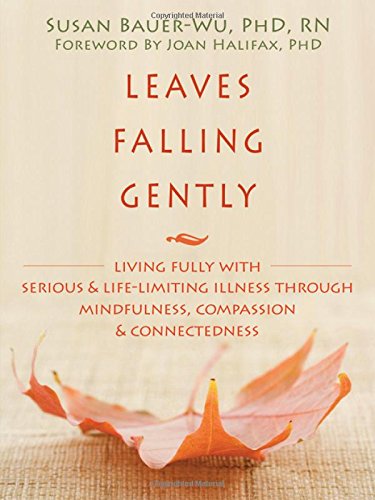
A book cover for Leaves Falling Gently: Living Fully with Serious and Life-Limiting Illness through Mindfulness, Compassion, and Connectedness; Susan Bauer-Wu PhD  RN  FAAN; Self-Help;